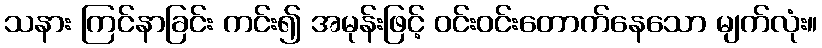
သနား ကြင်နာခြင်း ကင်း၍ အမုန်းဖြင့် ဝင်းဝင်းတောက်နေသော မျက်လုံး။